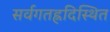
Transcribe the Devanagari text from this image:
सर्वगतह्रदिस्थित